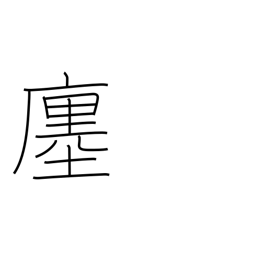
Meaning: store